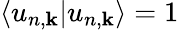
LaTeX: \langle u_{n,\mathbf{k}}|u_{n,\mathbf{k}}\rangle=1